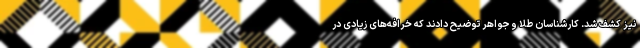
نیز کشف شد. کارشناسان طلا و جواهر توضیح دادند که خرافه‌های زیادی در